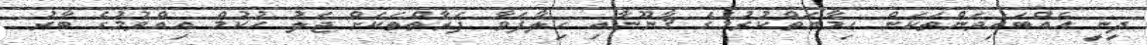
ދީނީ އެއްބައިވަންތަކަން ޙިމާޔަތްކުރުމުގެ ޤާނޫނާއި ހިލާފަވާ ފަރާތްތަކަށް ޖަލު ހުކުމް އިއްވުމުގެ ބާރު